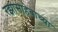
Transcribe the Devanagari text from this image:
रझासाहेबाच्या